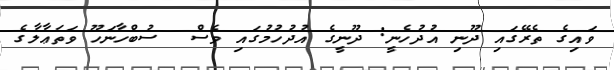
ވައިގެ ތެރޭގައި ދޫނި އުދުހެނީ: ދޫނީގެ އުދުހުމުގައި ވެސް  ސުބްހާނަހޫ ވަތަޢާލާގެ